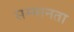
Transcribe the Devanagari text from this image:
सम्मानता